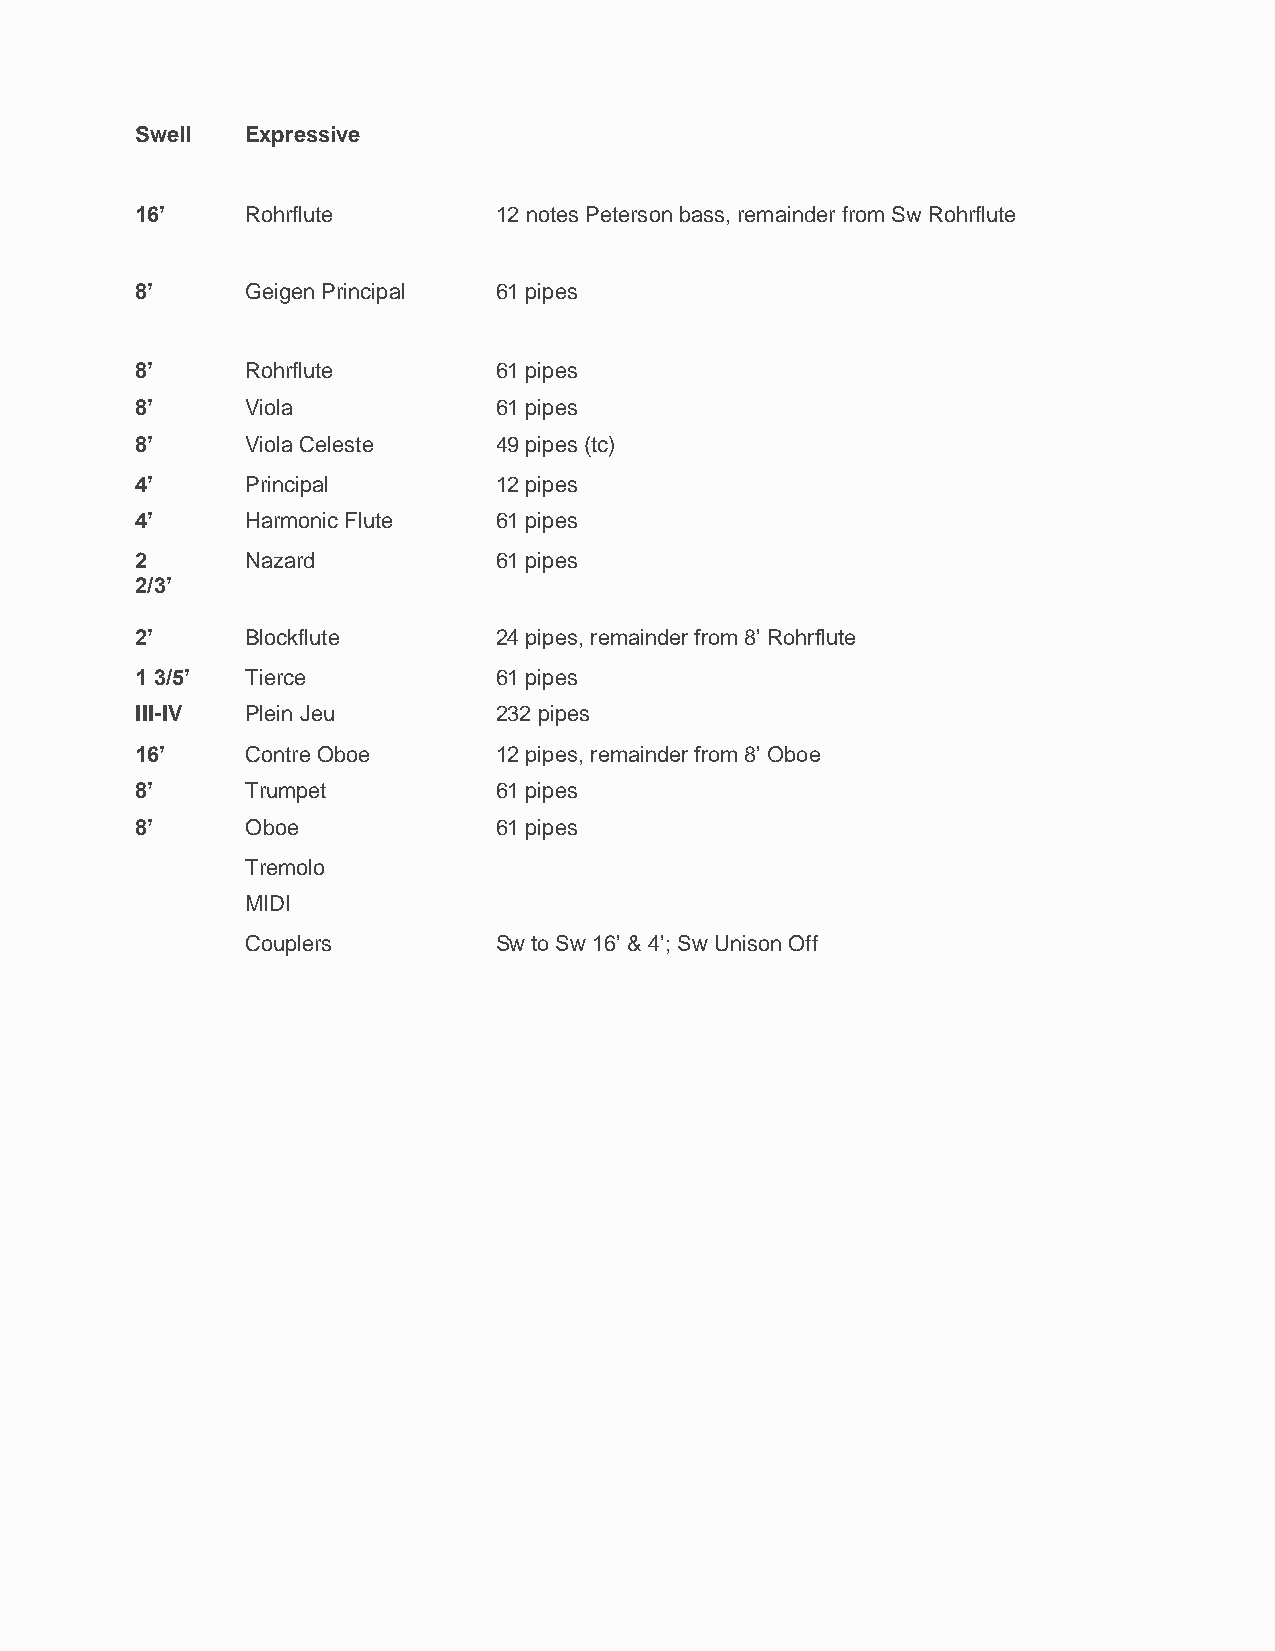
Swell  Expressive
 16’    Rohrflute        12 notes Peterson bass, remainder from Sw Rohrflute
 8’     Geigen Principal 61 pipes
 8’     Rohrflute        61 pipes
 8’     Viola            61 pipes
 8’     Viola Celeste    49 pipes (tc)
 4’     Principal        12 pipes
 4’     Harmonic Flute   61 pipes
 2      Nazard           61 pipes
 2/3’
 2’     Blockflute       24 pipes, remainder from 8’ Rohrflute
 1 3/5’ Tierce           61 pipes
 III-IV Plein Jeu        232 pipes
 16’    Contre Oboe      12 pipes, remainder from 8’ Oboe
 8’     Trumpet          61 pipes
 8’     Oboe             61 pipes
 Tremolo
 MIDI
 Couplers         Sw to Sw 16’ & 4’; Sw Unison Off